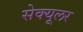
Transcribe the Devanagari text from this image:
सेक्यूलर